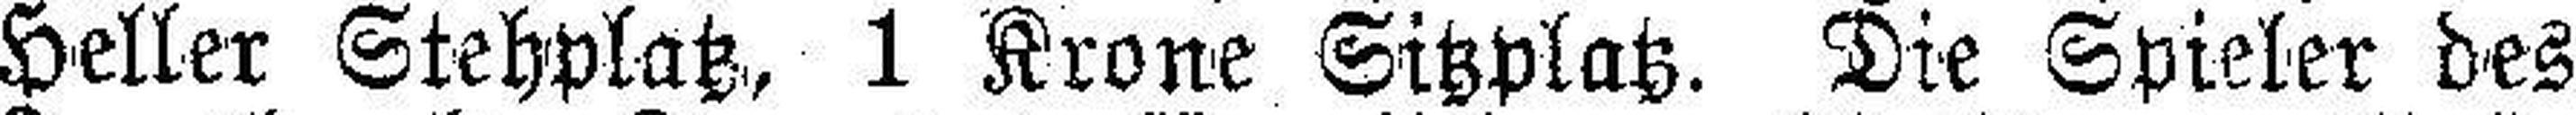
Heller Stehplatz, 1 Krone Sitzplatz. Die Spieler des